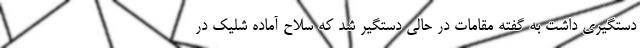
دستگیری داشت به گفته مقامات در حالی دستگیر شد که سلاح آماده شلیک در